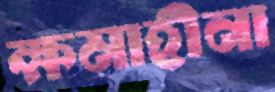
ক্ষমাহীনা